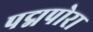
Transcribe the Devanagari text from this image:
पद्मपोरा